Indian journal of veterinary science and animal husbandry - Volumes 18-21, 1948-1951
Year: 1948
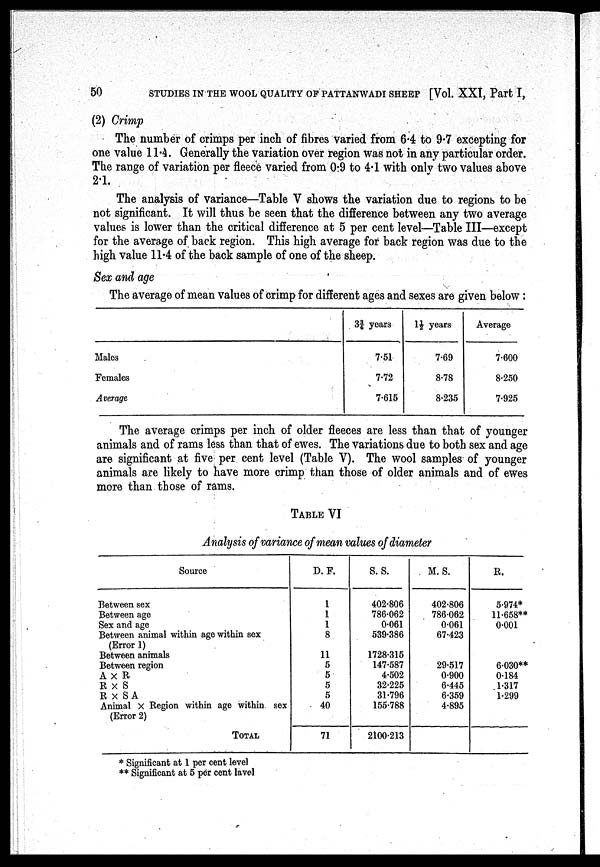
50
STUDIES IN THE WOOL QUALITY OF PATTANWADI SHEEP [Vol. XXI, Part I,
(2) Crimp
The number of crimps per inch of fibres varied from 6.4 to 9.7 excepting for
one value 11.4. Generally the variation over region was not in any particular order.
The range of variation per fleece varied from 0.9 to 4.1 with only two values above
2.1.
The analysis of variance—Table V shows the variation due to regions to be
not significant. It will thus be seen that the difference between any two average
values is lower than the critical difference at 5 per cent level—Table III—except
for the average of back region. This high average for back region was due to the
high value 11.4 of the back sample of one of the sheep.
Sex and age
The average of mean values of crimp for different ages and sexes are given below:
Males
Females
Average
3¾ years
7.51
7.72
7.615
1½ years
7.69
8.78
8.235
Average
7.600
8.250
7.925
The average crimps per inch of older fleeces are less than that of younger
animals and of rams less than that of ewes. The variations due to both sex and age
are significant at five per cent level (Table V). The wool samples of younger
animals are likely to have more crimp than those of older animals and of ewes
more than those of rams.
TABLE VI
Analysis of variance of mean values of diameter
Source
Between sex
Between ago
Sex and age
Between animal within age within sex
(Error 1)
Between animals
Between region
A × R
R × S
R × S A
Animal × Region within age within sex
(Error 2)
TOTAL
D. F.
1
1
1
8
11
5
5
5
5
40
71
S. S.
402.806
786.062
0.061
539.386
1728.315
147.587
4.502
32.225
31.796
155.788
2100.213
M. S.
402.806
786.062
0.061
67.423
29.517
0.900
6.445
6.359
4.895
R.
5.974*
11.658**
0.001
6.030**
0.184
1.317
1.299
* Significant at 1 per cent level
** Significant at 5 per cent lavel